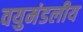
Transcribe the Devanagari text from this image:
वयुमंडलीय